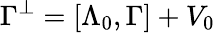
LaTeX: \Gamma^{\perp}=[\Lambda_{0},\Gamma]+V_{0}